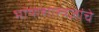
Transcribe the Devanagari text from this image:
भाषाशास्त्रज्ञांचे